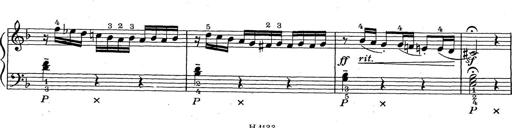
Title: ÄŒeskÃ© Sonatiny
Composer: Various